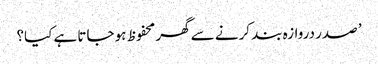
’ صدر دروازہ بند کرنے سے گھر محفوظ ہو جاتا ہے کیا؟